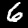
Digit: 6